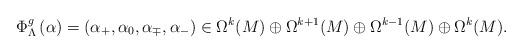
LaTeX: \begin{align*} \Phi_{\Lambda}^g\left( \alpha \right) = (\alpha_+ , \alpha_0 , \alpha_{\mp}, \alpha_-) \in \Omega^k(M) \oplus \Omega^{k+1}(M) \oplus \Omega^{k-1}(M) \oplus \Omega^{k}(M). \end{align*}